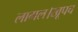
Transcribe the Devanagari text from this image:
लागल।खूपच